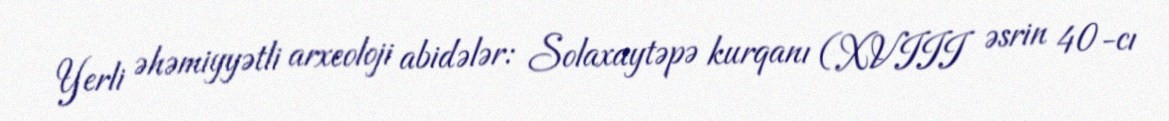
Yerli əhəmiyyətli arxeoloji abidələr: Solaxaytəpə kurqanı (XVIII əsrin 40-cı